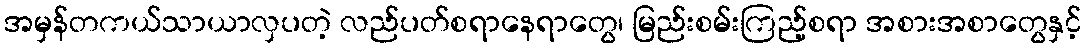
အမှန်တကယ်သာယာလှပတဲ့ လည်ပတ်စရာနေရာတွေ၊ မြည်းစမ်းကြည့်စရာ အစားအစာတွေနှင့်